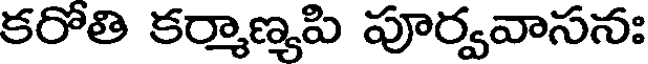
కరోతి కర్మాణ్యపి పూర్వవాసన: